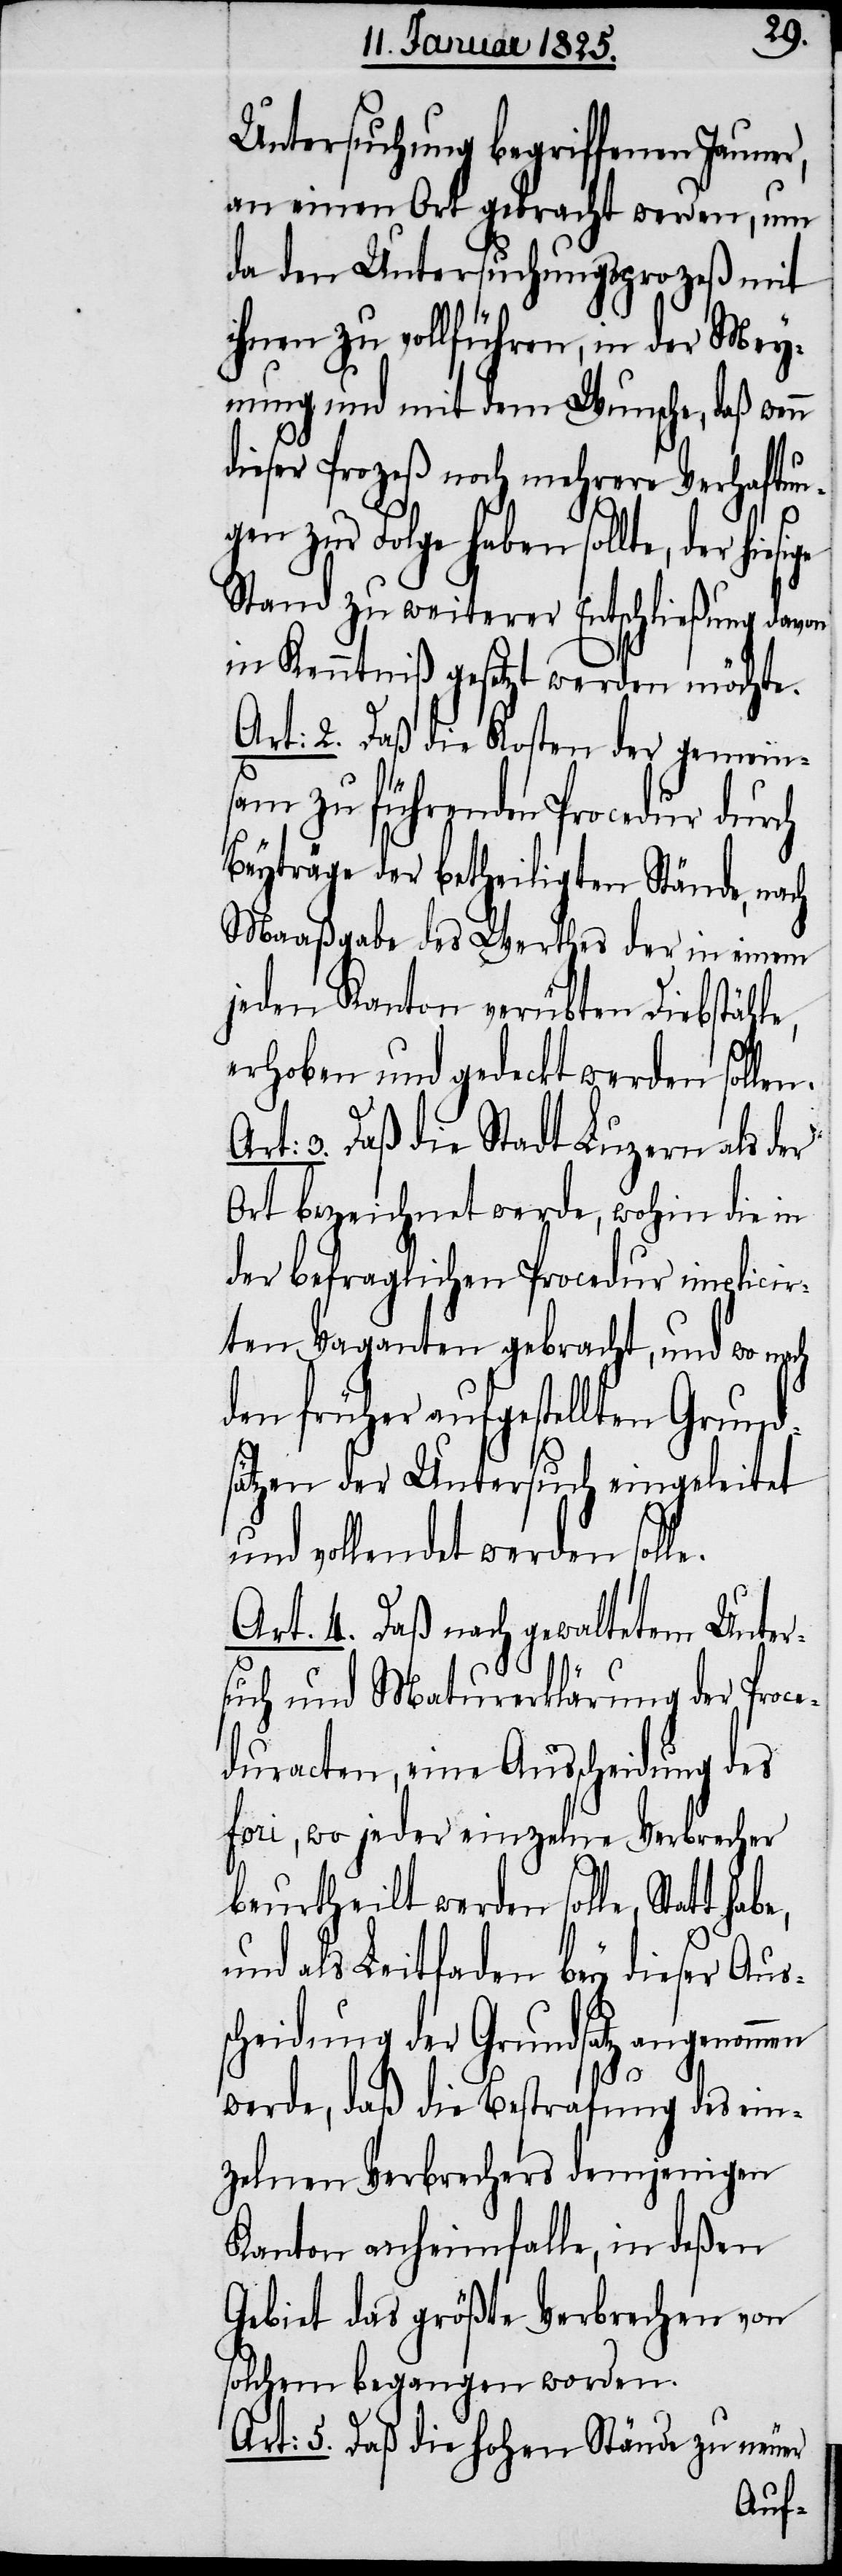
Untersuchung begriffenen Jauner,
an einen Ort gebracht werden, um
da den Untersuchungsprozeß mit
ihnen zu vollführen, in der Mey¬
nung und mit dem Wunsche, daß
dieser Prozeß noch mehrere Verhaftu¬
ngen zur Folge haben sollte, der
Stand zu weiterer Entschließung
in Kenntniß gesetzt werden möchte.
Art: 2. Daß die Kosten der gemein¬
sam zu führenden Procedur durch
Beyträge der betheiligten Stände,
Maaßgabe des Werthes der in einem
jeden Kanton verübten Diebstähle,
erhoben und gedeckt werden soll¬
3. Daß die Stadt Luzern als der
Ort bezeichnet werde, wohin die in
der befraglichen Proced¬
implicir¬
ten Vaganten gebracht, und wo
den früher aufgestellten Grund¬
sätzen der Untersuch eingeleitet
und vollendet werden soll¬
Art. 4. Daß nach gewaltetem Unter¬
such und Maturerklärung der Proc¬
eduracten, eine Ausscheidung des
fori, wo jeder einzelne Verbrecher
beurtheilt werden solle, Statt
und als Leitfaden bey dieser Aus¬
scheidung der Grundsatz angenommen
e.
werde, daß die Bestrafung des ein¬
zelnen Verbrechers demjenigen
Kanton anheimfalle, in deßen
Gebiet das größte Verbrechen von
solchem begangen worden.
Art: 5. Daß die hohen Stände zu neuer